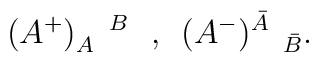
(A^{+})_{A}^{\quad B}\mbox{ \ , \ }(A^{-})^{\bar{A}}_{\quad\bar{B}}.